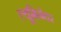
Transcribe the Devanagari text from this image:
ल्यूमिनेयर